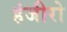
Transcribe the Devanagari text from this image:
हंजीरो